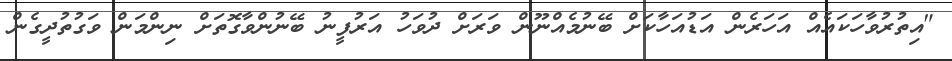
"އިތުރުވާހަކައެއް އަހަރެން އަޑުއަހާކަށް ބޭނުމެއްނޫން ވަރަށް ދުވަހު އަރުފީނު ބޭނުންވާގޮތަށް ނިންމަން ވަގުތުދީގެން